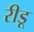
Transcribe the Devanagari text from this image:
रीडू